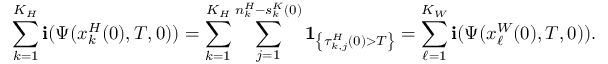
\sum _ { k = 1 } ^ { K _ { H } } \mathbf { i } ( \Psi ( x _ { k } ^ { H } ( 0 ) , T , 0 ) ) = \sum _ { k = 1 } ^ { K _ { H } } \sum _ { j = 1 } ^ { n _ { k } ^ { H } - s _ { k } ^ { K } ( 0 ) } \mathbf { 1 } _ { \left\{ \tau _ { k , j } ^ { H } ( 0 ) > T \right\} } = \sum _ { \ell = 1 } ^ { K _ { W } } \mathbf { i } ( \Psi ( x _ { \ell } ^ { W } ( 0 ) , T , 0 ) ) .